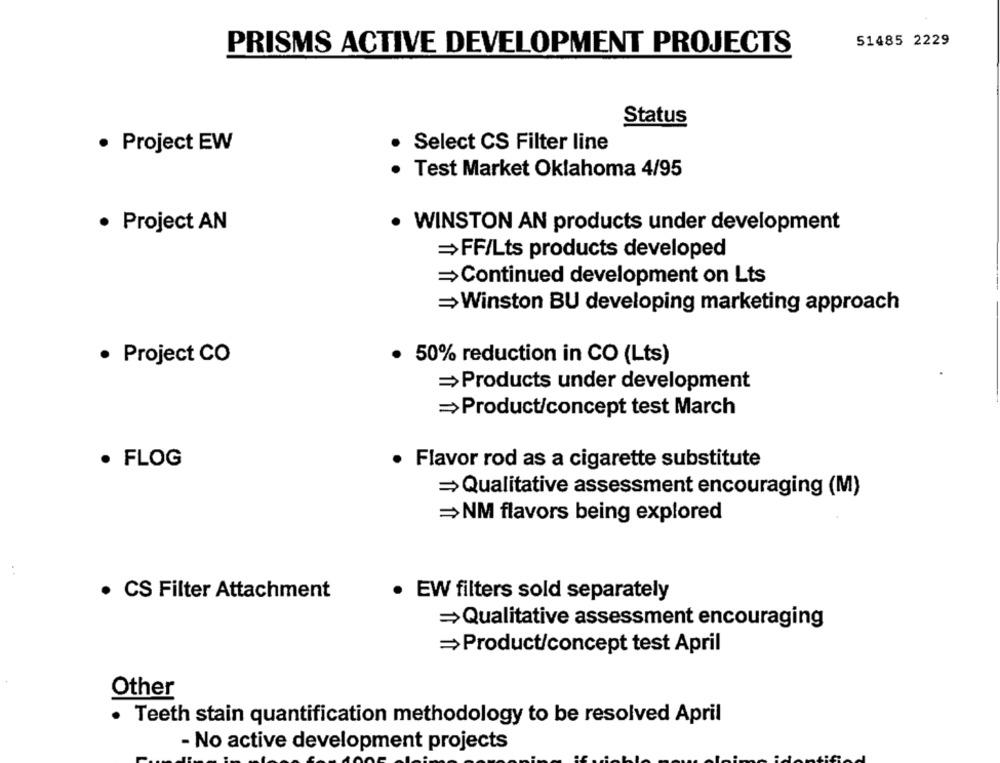
51485 2229
PRISMS ACTIVE DEVELOPMENT PROJECTS
Status
· Project EW
Select CS Filter line
Test Market Oklahoma 4/95
· Project AN
. WINSTON AN products under development
=FF/Lts products developed
=Continued development on Lts
=Winston BU developing marketing approach
· Project CO
· 50% reduction in CO (Lts)
=Products under development
=Product/concept test March
· FLOG
· Flavor rod as a cigarette substitute
=Qualitative assessment encouraging (M)
=NM flavors being explored
· CS Filter Attachment
· EW filters sold separately
=Qualitative assessment encouraging
=Product/concept test April
Other
· Teeth stain quantification methodology to be resolved April
- No active development projects